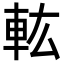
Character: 䡌